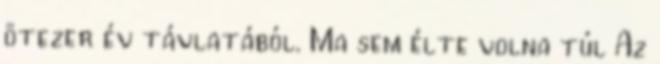
ötezer év távlatából. Ma sem élte volna túl Az